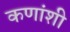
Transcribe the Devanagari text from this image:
कणांशी